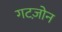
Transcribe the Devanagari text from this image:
गटज़ोन